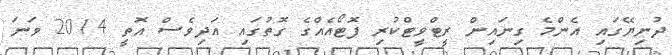
ދުނިޔޭގައި އެންމެ ގިނައިން ރީޓްވީޓްކުރި ފޮޓޯއެއްގެ ގޮތުގައި އަދިވެސް އޮތީ 2014 ވަނަ